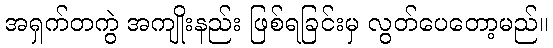
အရှက်တကွဲ အကျိုးနည်း ဖြစ်ရခြင်းမှ လွတ်ပေတော့မည်။